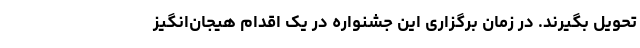
تحویل بگیرند. در زمان برگزاری این جشنواره در یک اقدام هیجان‌انگیز